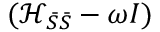
( \mathcal { H } _ { \bar { S } \bar { S } } - \omega I )